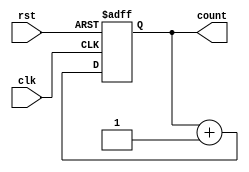
module async_counter #(
    parameter N = 4 // Number of bits in the counter
)(
    input wire clk,     // Clock input
    input wire rst,     // Asynchronous reset input
    output reg [N-1:0] count // Counter output
);

// Always block for the asynchronous reset and counting
always @(posedge clk or posedge rst) begin
    if (rst) begin
        count <= 0; // Reset the counter to 0
    end else begin
        count <= count + 1; // Increment the counter
    end
end

endmodule